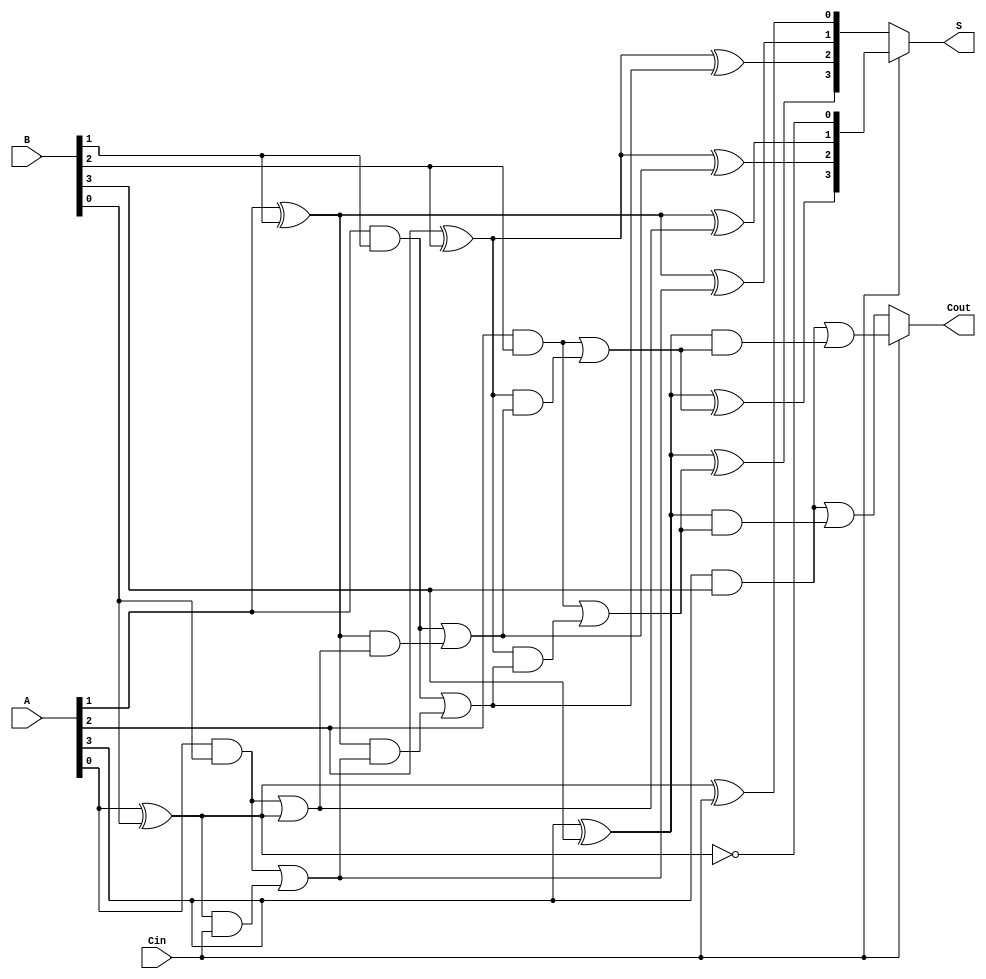
module conditional_sum_adder #(parameter N = 4) (
    input  wire [N-1:0] A,      // First n-bit input
    input  wire [N-1:0] B,      // Second n-bit input
    input  wire Cin,             // Carry-in
    output wire [N-1:0] S,      // n-bit sum output
    output wire Cout             // Carry-out
);

    wire [N-1:0] S0;            // Sum when Cin = 0
    wire [N-1:0] S1;            // Sum when Cin = 1
    wire [N-1:0] C0;            // Carry when Cin = 0
    wire [N-1:0] C1;            // Carry when Cin = 1

    genvar i;
    generate
        for (i = 0; i < N; i = i + 1) begin : adder_block
            // Sum and carry generation for Cin = 0
            assign S0[i] = A[i] ^ B[i] ^ (i == 0 ? Cin : C0[i-1]);
            assign C0[i] = (A[i] & B[i]) | ((A[i] ^ B[i]) & (i == 0 ? Cin : C0[i-1]));

            // Sum and carry generation for Cin = 1
            assign S1[i] = A[i] ^ B[i] ^ (i == 0 ? 1'b1 : C1[i-1]);
            assign C1[i] = (A[i] & B[i]) | ((A[i] ^ B[i]) & (i == 0 ? 1'b1 : C1[i-1]));
        end
    endgenerate

    // MUX to select the appropriate sum based on Cin
    assign S = Cin ? S1 : S0;

    // Final carry-out computation
    assign Cout = Cin ? C1[N-1] : C0[N-1];

endmodule